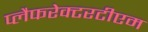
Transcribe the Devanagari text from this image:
प्लैफरेक्टरटीएम